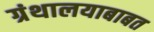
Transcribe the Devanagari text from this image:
ग्रंथालयाबाबत